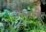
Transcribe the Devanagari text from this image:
जेस्सामिन